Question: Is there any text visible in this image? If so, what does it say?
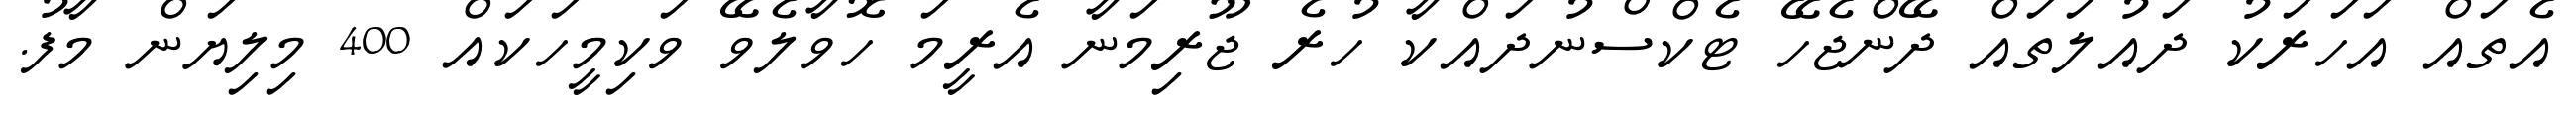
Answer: އެތައް އަހަރަކު ދައުލަތައް ދޭންޖެހޭ ޓެކްސްނުދައްކާ ހުރެ ޖޫރިމަނާ އެރީމަ ހޮވާލެވޭ ވަކިމީހަކައް 400 މިލިޔަން މާފު.